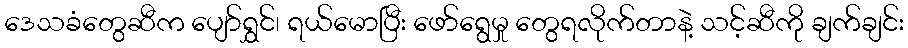
ဒေသခံတွေဆီက ပျော်ရွှင်၊ ရယ်မောပြီး ဖော်ရွေမှု တွေရလိုက်တာနဲ့ သင့်ဆီကို ချက်ချင်း